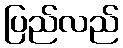
ပြည်လည်